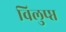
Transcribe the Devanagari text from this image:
विलुप्प्त